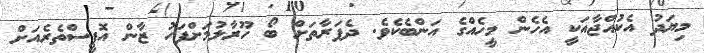
މިޔަދު އެކުއްޖާއަކީ އެހެން މީހެއްގެ އަންބެކެވެ. ދެފަރާތަށް ބޯ ހޫރާލުމަށްފަހު ޒާން އޮފީސްތެރެއަށް